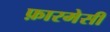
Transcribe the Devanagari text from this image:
फ़ारमेसी